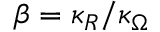
\beta = \kappa _ { R } / \kappa _ { \Omega }